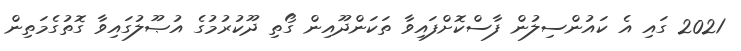
2021 ގައި އެ ކައުންސިލުން ފާސްކޮށްފައިވާ ތަކަންދޫއިން ގޯތި ދޫކުރުމުގެ އުޞޫލުގައިވާ ގޮތުގެމަތިން